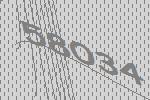
58034